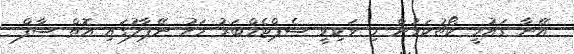
އޭނާ ގައުމީ ކޯޗުކަމުން މި ވަކިވީ ސެޕްޓެމްބަރު މަހު ނޭޕާލުގައި އޮތް ސާފް